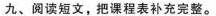
九、阅读短文,把课程表补充完整.。